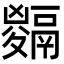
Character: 𩱅